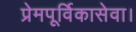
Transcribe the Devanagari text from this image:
प्रेमपूर्विकासेवा।